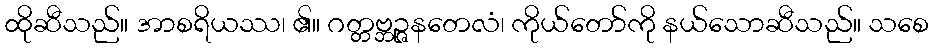
ထိုဆီသည်။ အာစရိယဿ၊ ၏။ ဂတ္တဗ္ဘဉ္ဇနတေလံ၊ ကိုယ်တော်ကို နယ်သောဆီသည်။ သစေ